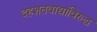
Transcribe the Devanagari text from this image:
दहशतवाद्यांविरुद्ध